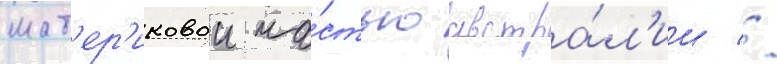
мат'ер'иковои ча́стью австра́л'ии //